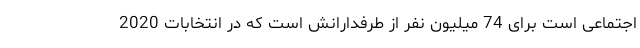
اجتماعی است برای 74 میلیون نفر از طرفدارانش است که در انتخابات 2020